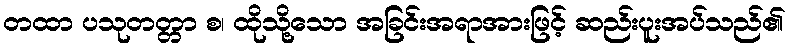
တထာ ပသုတတ္တာ စ၊ ထိုသို့သော အခြင်းအရာအားဖြင့် ဆည်းပူးအပ်သည်၏